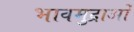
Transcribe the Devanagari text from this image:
भावमुद्राओं